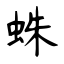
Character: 蛛